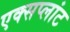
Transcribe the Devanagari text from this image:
एक्सप्लांट